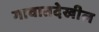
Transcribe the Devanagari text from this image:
गावातदेखील